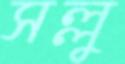
সল্লু